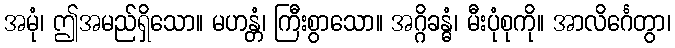
အမုံ၊ ဤအမည်ရှိသော။ မဟန္တံ၊ ကြီးစွာသော။ အဂ္ဂိခန္ဓံ၊ မီးပုံစုကို။ အာလိင်္ဂေတွာ၊